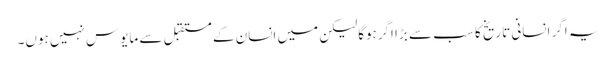
یہ اگر انسانی تاریخ کا سب سے بڑا اگرہوگالیکن میں انسان کے مستقبل سے مایوس نہیں ہوں۔